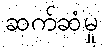
ဆက်ဆံမှု